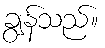
ချွန်သည်။